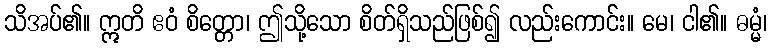
သိအပ်၏။ ဣတိ ဧဝံ စိတ္တော၊ ဤသို့သော စိတ်ရှိသည်ဖြစ်၍ လည်းကောင်း။ မေ၊ ငါ၏။ ဓမ္မံ၊